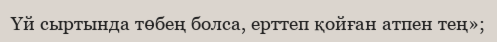
Үй сыртында төбең болса, ерттеп қойған атпен тең»;